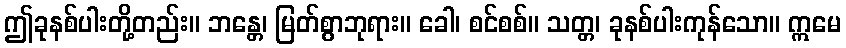
ဤခုနစ်ပါးတို့တည်း။ ဘန္တေ၊ မြတ်စွာဘုရား။ ခေါ၊ စင်စစ်။ သတ္တ၊ ခုနစ်ပါးကုန်သော။ ဣမေ